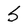
Character: S